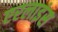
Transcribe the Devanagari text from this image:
एरलाइंस